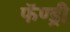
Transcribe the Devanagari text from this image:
फॅण्ड्री